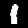
Digit: 1